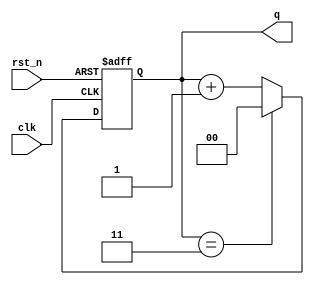
module mod_n_counter #(parameter n = 4,
parameter width = 2)(
   input clk,
    input rst_n,
    output reg [width-1:0] q,
    //output reg q0
);
//wire q0_out;

//asynchronous active low reset
always @ (posedge clk, negedge rst_n)
begin
    if(~rst_n)
    q <= {width{1'b0}};
    else
    begin
    //if count reaches the final value, reset output
    if (q == n-1) begin
        q <= {width{1'b0}};
    end
    else
        //increment counter
        q <= q + 1;
    end
end

// always @ * begin
//    q0 = q[0];   
// end

endmodule